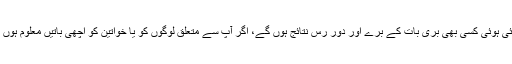
آپ کے حوالے سے کہی ہوئی یا پھیلائی ہوئی کسی بھی بُری بات کے برے اور دور رس نتائج ہوں گے، اگر آپ سے متعلق لوگوں کو یا خواتین کو اچھی باتیں معلوم ہوں گی تو وہ اُن کے لیے مشعل راہ ہو گی۔